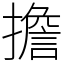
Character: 擔